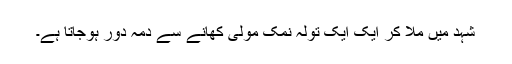
شہد میں ملا کر ایک ایک تولہ نمک مولی کھانے سے دمہ دور ہوجاتا ہے۔